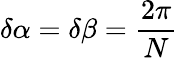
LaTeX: \delta\alpha=\delta\beta=\frac{2\pi}{N}